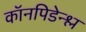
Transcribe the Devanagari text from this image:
कॉनपिडेन्श्ल